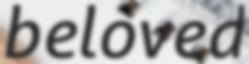
beloved